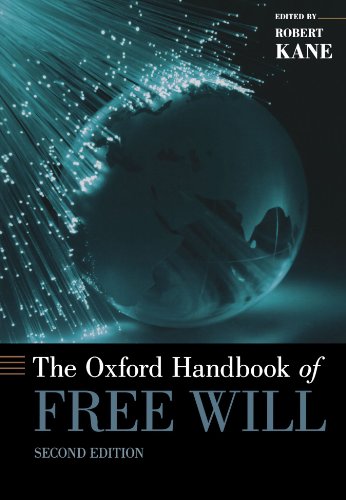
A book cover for The Oxford Handbook of Free Will (Oxford Handbooks); Politics & Social Sciences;